Report of an investigation into the causes of malaria in Bombay and the measures necessary for its control
Disease focus: Malaria
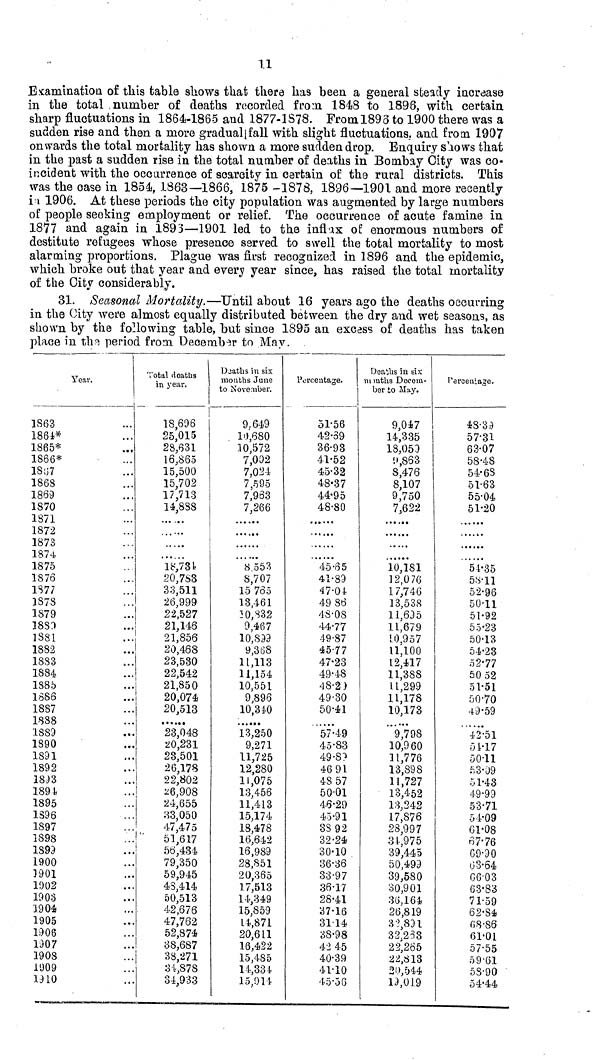
11
Examination of this table shows that there has been a general steady increase
in the total number of deaths recorded from 1848 to 1896, with certain
sharp fluctuations in 1864-1865 and 1877-1878. Froml893 to 1900 there was a
sudden rise and then a more gradual fall with slight fluctuations, and from 1907
onwards the total mortality has shown a more sudden drop. Enquiry shows that
in the past a sudden rise in the total number of deaths in Bombay City was co-
incident with the occurrence of scarcity in certain of: the rural districts. This
was the case in 1854, 1863—1866, 1875 -1878, 1896—1901 and more recently
in 1906. At these periods the city population was augmented by large numbers
of people seeking employment or relief. The occurrence of acute famine in
1877 and again in 1893—1901 led to the inflax of enormous numbers of
destitute refugees whose presence served to swell the total mortality to most
alarming proportions. Plague was first recognized in 1896 and the epidemic,
which broke out that year and every year since, has raised the total mortality
of the City considerably.
31. Seasonal Mortality.—Until about 16 years ago the deaths occurring
in the City were almost equally distributed between the dry and wet seasons, as
shown by the following table, but since 1895 an excess of deaths has taken
place in the period from December to May.
Year.
1863
1861*
1865*
1866*
1S;)7
1868
1869
1870
1871
1872
1873
187*
1875
1S76
1S77
1878
1879
18S1
S81
1882
18S3
1884
1S85
1686
1SS7
1888
1889
1890
1891
1892
18:13
1891.
1895
1396
1897
1898
1893
1900
1901
1902
1903
1904)
1905
1906
1307
190S
1909
mo
Total doatlis
in year.
18,696
25,015
23,631
16,865
15,500
15,702
17,713
14,SS8
•• *
. • •
» • •
18,731!
20,783
33,511
26,999
22,527
21,146
21,856
20,468
23,530
22,542
21,850
20,074
20,513
23,048
20,231
23,501
20,178
22,802
26,908
24,655
83,050
47,475
51,617
50,434
79,350
59,945
43,414
50,513
42,676
47,762
52,874
!
38,687
38,271
3i,878
34,933
D-iatlis in six
mouths June
to November.
9 ; 649
10,680
10,572
7,002
7,024
7,595
7,963
7,266
8.553
S,707
15 735
13,461
3 0,332
9,467
10,899
9,3tiS
11,113
11,154
10,551
9,S96
10,340
13,250
9,271
11,725
12,280
11,075
13,456
11,413
15,174
18,478
16,642
16,989
28,851
20,365
17,513
14,349
15,859
14,871
20,611
16,422
15,485
14,331
15,911.
Percentage.
51-56
42-39
36-93
41-52
45-32
48-37
44-95
48-80
45-65
41-89
47-Oi
49 86
48-08
4477
49-87
45-77
47-23
49-48
48-2)
49-30
50-41
57-49
45-83
49 -S?
46 91
4S57
50-01
46-29
45-91
3S92
32-24
30-10
36-36
33-97
36-17
28-41
37-16
3114
38-98
42 45
40-39
41-10
45-56
Deaths in six
ni mths Decem-
ber to May.
9,047
14,335
18,059
1>,863
8,476
8,107
9,750
7,622
. •• >«•
.» .. •
• • •
10,181
] 2,0 76
1 7,746
13,538
11,695
11,679
10,957
11,100
12,417
11,388
11,299
11,178
10,173
• • •
"9,798
10,960
11,776
13,898
11,727
13,4-52
13,242
17,S76
28,997
34,975
39,445
50,499
39,580
30,901
3ö,164
26,819
3^891
32,238
22,265
22,813
20,044
19,01.9
Percentage.
43-39
57-31
63-07
58-48
54-6S
51-63
55-04
51-20
54-35
5S-11
52-96
50-11
51-92
55-23
50-13
54-23
52-77
50 52
51-61
50-70
4-9-59
42-51
01-17
50-11
h 3-09
51-43
49-99
53-71
54-09
61-08
67-76
09-90
03-64
0003
63*83
71-59
62-S4
fi 8 -86
61-01
57-55
59-61
58-90
54-44